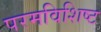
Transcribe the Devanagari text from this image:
परमविशिष्ट